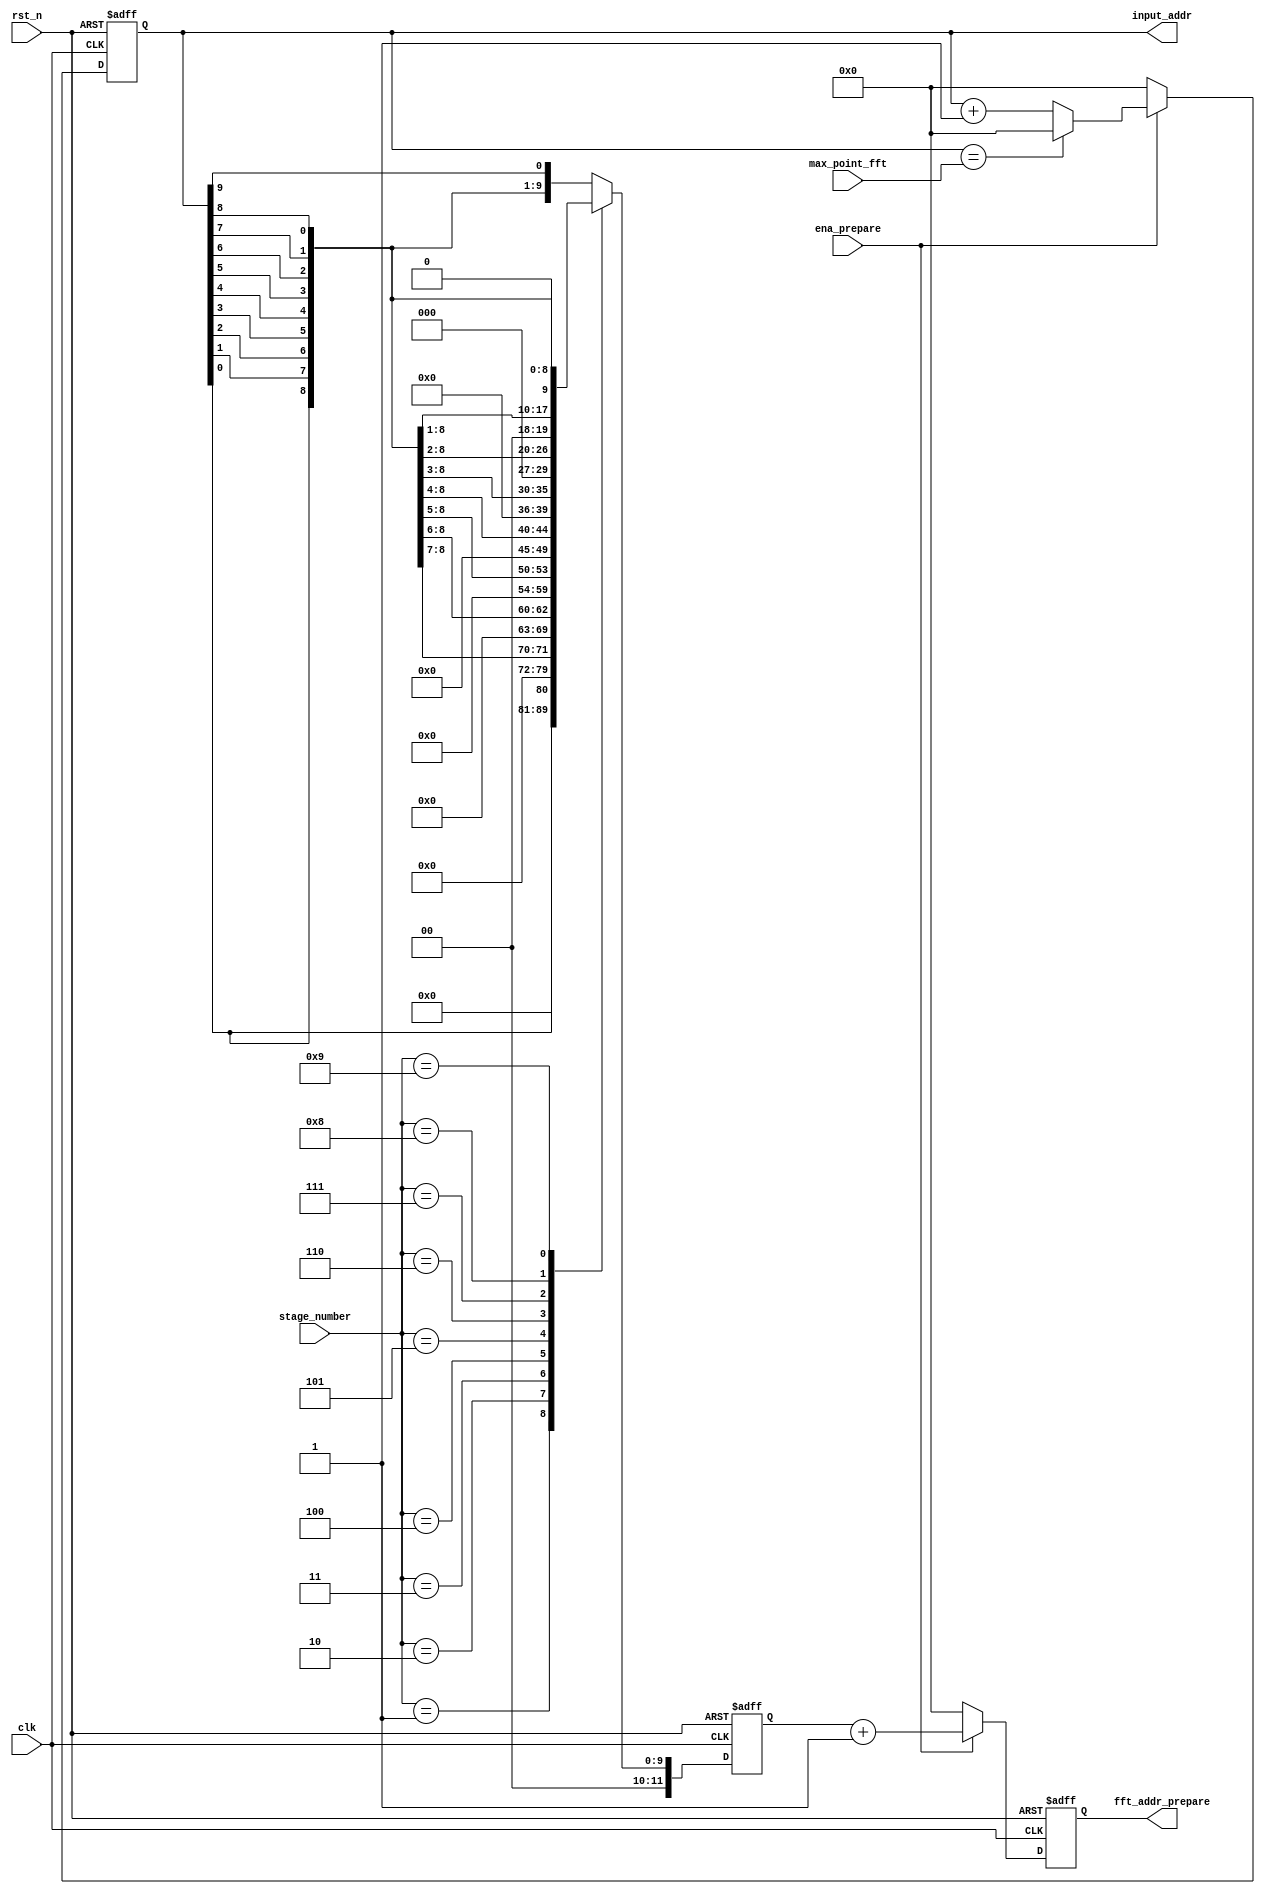
module prepare(clk,rst_n
                , ena_prepare
                , stage_number
                , max_point_fft
                , input_addr
                , fft_addr_prepare);
parameter ADDR_WIDTH = 12;
input clk;
input rst_n;
input ena_prepare;
input [3:0]stage_number;
input [ADDR_WIDTH-1:0]max_point_fft;

output [ADDR_WIDTH-1:0]input_addr;
wire   [ADDR_WIDTH-1:0]input_addr;
output [ADDR_WIDTH-1:0]fft_addr_prepare;
reg    [ADDR_WIDTH-1:0]fft_addr_prepare;

wire [ADDR_WIDTH-1:0]pre_count_addr;
reg  [ADDR_WIDTH-1:0]count_addr;
reg  [ADDR_WIDTH-1:0]w1;
wire [ADDR_WIDTH-1:0]w2;

always@(posedge clk or negedge rst_n) begin
  if (!rst_n) begin
    count_addr <= 0;
  end
  else if (ena_prepare) begin
    if (pre_count_addr == max_point_fft) begin
      count_addr <= 0;
    end
    else begin
      count_addr <= pre_count_addr + 1;
    end
  end
  else begin
    count_addr <= 0;
  end
end
assign pre_count_addr = count_addr;

//always@(posedge clk or negedge rst_n) begin
//  if(!rst_n) begin
//    input_addr <= 0;
//  end
//  else begin
assign    input_addr = pre_count_addr;
//  end
//end

always@(posedge clk or negedge rst_n) begin
  if (!rst_n) begin
    w1 <= 0;
  end
  else begin
    case (stage_number)
      1: begin
        w1 <= {11'b0,pre_count_addr[0]};
      end
      2: begin
        w1 <= {10'b0,pre_count_addr[0],pre_count_addr[1]};
      end
      3: begin
        w1 <= {9'b0,pre_count_addr[0],pre_count_addr[1],pre_count_addr[2]};
      end
      4: begin
        w1 <= {8'b0,pre_count_addr[0],pre_count_addr[1],pre_count_addr[2],pre_count_addr[3]};
      end
      5: begin
        w1 <= {7'b0,pre_count_addr[0],pre_count_addr[1],pre_count_addr[2],pre_count_addr[3],pre_count_addr[4]};
      end
      6: begin
        w1 <= {6'b0,pre_count_addr[0],pre_count_addr[1],pre_count_addr[2],pre_count_addr[3],pre_count_addr[4],pre_count_addr[5]};
      end
      7: begin
        w1 <= {5'b0,pre_count_addr[0],pre_count_addr[1],pre_count_addr[2],pre_count_addr[3],pre_count_addr[4],pre_count_addr[5],pre_count_addr[6]};
      end
      8: begin
        w1 <= {4'b0,pre_count_addr[0],pre_count_addr[1],pre_count_addr[2],pre_count_addr[3],pre_count_addr[4],pre_count_addr[5],pre_count_addr[6],pre_count_addr[7]};
      end
      9: begin
        w1 <= {3'b0,pre_count_addr[0],pre_count_addr[1],pre_count_addr[2],pre_count_addr[3],pre_count_addr[4],pre_count_addr[5],pre_count_addr[6],pre_count_addr[7],pre_count_addr[8]};
      end
      default: begin
        w1 <= {2'b0,pre_count_addr[0],pre_count_addr[1],pre_count_addr[2],pre_count_addr[3],pre_count_addr[4],pre_count_addr[5],pre_count_addr[6],pre_count_addr[7],pre_count_addr[8],pre_count_addr[9]};
      end
    endcase
  end
end
assign w2 = w1;

always@(posedge clk or negedge rst_n) begin
  if(!rst_n) begin
    fft_addr_prepare <= 0;
  end
  else if (ena_prepare) begin
    fft_addr_prepare <= w2+1;
  end
  else begin
    fft_addr_prepare <= 0;
  end
end
endmodule